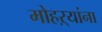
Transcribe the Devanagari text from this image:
मोहऱ्यांना